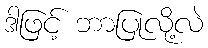
ဒါဖြင့် ဘာပြုလို့လဲ